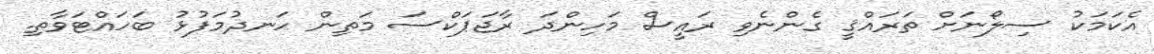
އެކަމަކު ސިލޯނަށް ތަރައްޤީ ގެންނެވި ރައީސް މަހިންދަ ރާޖަޕަކްސަ މަތިން ހަނދުމަފުޅު ބަހައްޓަވާތި.